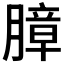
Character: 𰗍